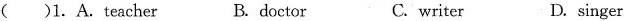
( )1. A.Teacher B. doctor C. writer D. singer